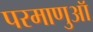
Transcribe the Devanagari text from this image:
परमाणुऑ